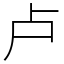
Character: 卢